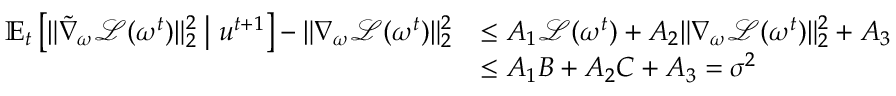
\begin{array} { r l } { \mathbb { E } _ { t } \left[ \| \tilde { \nabla } _ { \omega } \mathcal { L } ( \omega ^ { t } ) \| _ { 2 } ^ { 2 } \; \middle | \; u ^ { t + 1 } \right] - \| \nabla _ { \omega } \mathcal { L } ( \omega ^ { t } ) \| _ { 2 } ^ { 2 } } & { \leq A _ { 1 } \mathcal { L } ( \omega ^ { t } ) + A _ { 2 } \| \nabla _ { \omega } \mathcal { L } ( \omega ^ { t } ) \| _ { 2 } ^ { 2 } + A _ { 3 } } \\ & { \leq A _ { 1 } B + A _ { 2 } C + A _ { 3 } = \sigma ^ { 2 } } \end{array}